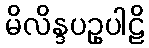
မိလိန္ဒပဥှပါဠိ